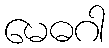
မေဓဂါ